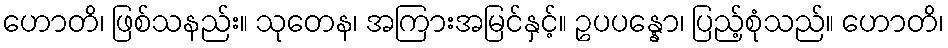
ဟောတိ၊ ဖြစ်သနည်း။ သုတေန၊ အကြားအမြင်နှင့်။ ဥပပန္နော၊ ပြည့်စုံသည်။ ဟောတိ၊